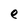
Character: e